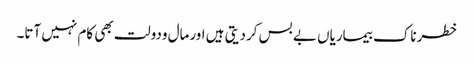
خطرناک بیماریاں بے بس کردیتی ہیں اورمال ودولت بھی کام نہیں آتا۔